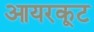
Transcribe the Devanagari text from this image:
आयरकूट